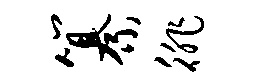
纂徘